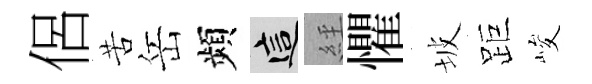
侶苦岳頻這𦀇懼坡距峻